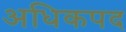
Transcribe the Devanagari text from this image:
अधिकपद